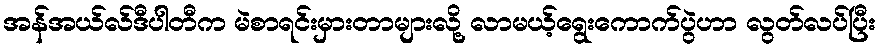
အန်အယ်လ်ဒီပါတီက မဲစာရင်းမှားတာများလို့ လာမယ့်ရွေးကောက်ပွဲဟာ လွတ်လပ်ပြီး